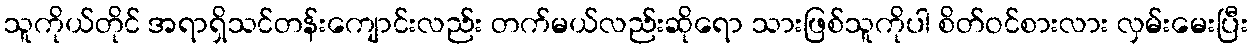
သူကိုယ်တိုင် အရာရှိသင်တန်းကျောင်းလည်း တက်မယ်လည်းဆိုရော သားဖြစ်သူကိုပါ စိတ်ဝင်စားလား လှမ်းမေးပြီး